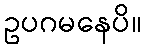
ဥပဂမနေပိ။